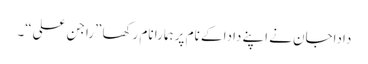
داداجان نے اپنے دادا کے نام پر ہمارا نام رکھا ”راجن علی“۔